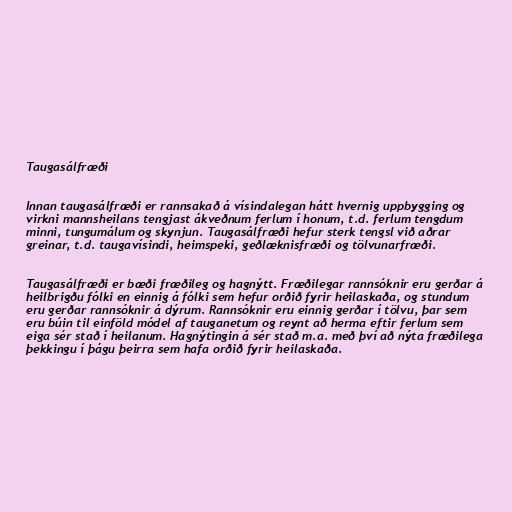
Taugasálfræði

Innan taugasálfræði er rannsakað á vísindalegan hátt hvernig uppbygging og
virkni mannsheilans tengjast ákveðnum ferlum í honum, t.d. ferlum tengdum
minni, tungumálum og skynjun. Taugasálfræði hefur sterk tengsl við aðrar
greinar, t.d. taugavísindi, heimspeki, geðlæknisfræði og tölvunarfræði.

Taugasálfræði er bæði fræðileg og hagnýtt. Fræðilegar rannsóknir eru gerðar á
heilbrigðu fólki en einnig á fólki sem hefur orðið fyrir heilaskaða, og stundum
eru gerðar rannsóknir á dýrum. Rannsóknir eru einnig gerðar í tölvu, þar sem
eru búin til einföld módel af tauganetum og reynt að herma eftir ferlum sem
eiga sér stað í heilanum. Hagnýtingin á sér stað m.a. með því að nýta fræðilega
þekkingu í þágu þeirra sem hafa orðið fyrir heilaskaða.